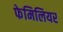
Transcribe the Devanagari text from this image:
फेमिलियर